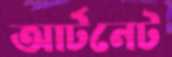
আর্টনেট